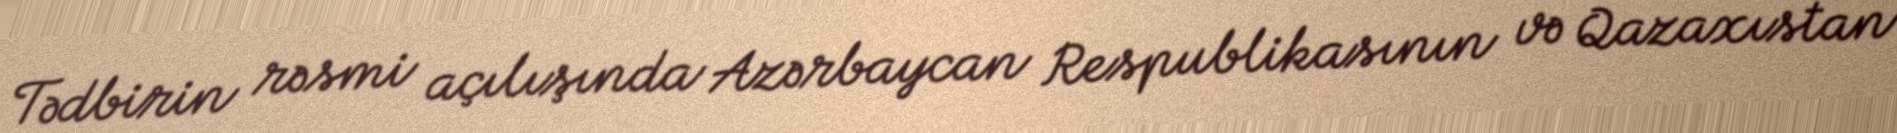
Tədbirin rəsmi açılışında Azərbaycan Respublikasının və Qazaxıstan